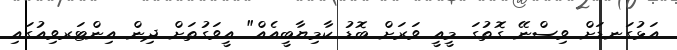
އަޅުގަނޑަށް ވިސްނޭ ގޮތުގަ މީއީ ވަރަށް ބޮޑު ކާމިޔާބީއެއް" އީވަގުތަށް ދިން އިންޓަރވިއުގައި